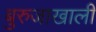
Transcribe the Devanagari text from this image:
बुरुजाखाली